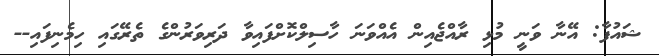
ޝައުފާ: އޭނާ ވަނީ މުޅި ރާއްޖެއިން އެއްވަނަ ހާސިލްކޮށްފައިވާ ދަރިވަރުންގެ ތެރޭގައި ހިމެނިފައި--